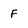
Character: F